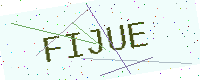
Text: FIJUE